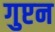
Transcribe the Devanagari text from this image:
गुप्टन